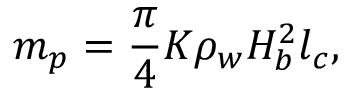
m _ { p } = \frac { \pi } { 4 } K \rho _ { w } H _ { b } ^ { 2 } l _ { c } ,